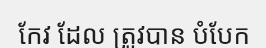
កែវ ដែល ត្រូវបាន បំបែក